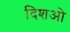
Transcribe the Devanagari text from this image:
दिशओ